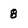
Character: 8